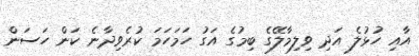
އާއި ހުޅުލެ އަދި ވިލިމާލޭގެ ބިމުގެ އަގު ހަމަހަމަ ކުރެވިދާނެ ކަން ހަސަން